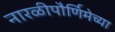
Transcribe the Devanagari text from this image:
नारळीपौर्णिमेच्या